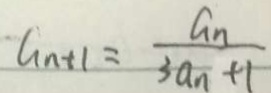
G _ { n + 1 } = \frac { G _ { n } } { 3 a _ { n } + 1 }